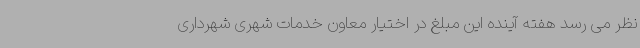
نظر می رسد هفته آینده این مبلغ در اختیار معاون خدمات شهری شهرداری